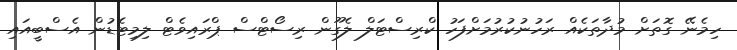
ހިމެނޭ ގޮތަށް މުދާތަކެއް ރަހުނުކުރުމަށްފަހު ކްރިސްޓަލް ލެގޫން ރިސޯޓްސް ޕްރައިވެޓް ލިމިޓެޑުން އެސްބީއައި